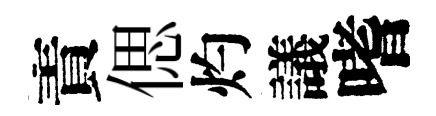
責偲灼議嗜